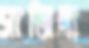
সাজিদা